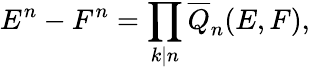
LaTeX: E^{n}-F^{n}=\prod_{k\mid n}{\overline{{Q}}}_{n}(E,F),